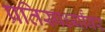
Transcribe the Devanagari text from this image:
प्रतिस्पर्ध्यांवर